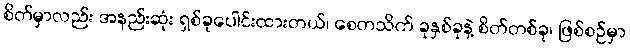
စိတ်မှာလည်း အနည်းဆုံး ရှစ်ခုပေါင်းထားတယ်၊ စေတသိက် ခုနှစ်ခုနဲ့ စိတ်တစ်ခု၊ ဖြစ်စဉ်မှာ